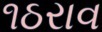
૧ઠરાવ